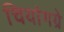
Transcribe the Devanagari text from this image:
चियांगग्रे